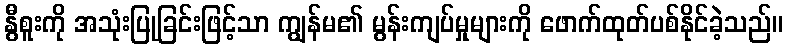
နွီစူးကို အသုံးပြုခြင်းဖြင့်သာ ကျွန်မ၏ မွန်းကျပ်မှုများကို ဖောက်ထုတ်ပစ်နိုင်ခဲ့သည်။